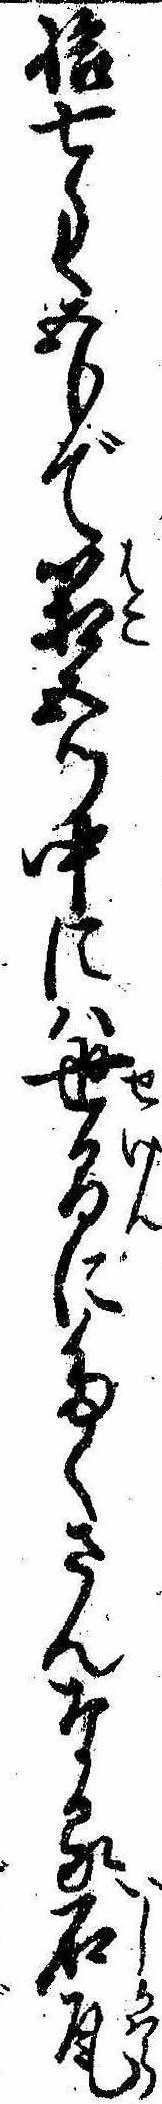
拾七匁五分で箱五ツ中には世間にたくさんなる石瓦